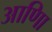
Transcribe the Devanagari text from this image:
आणिा